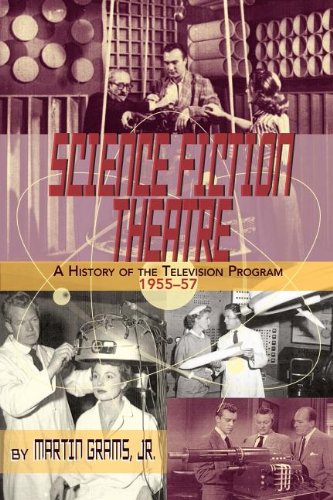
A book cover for SCIENCE FICTION THEATRE A HISTORY OF THE TELEVISION PROGRAM, 1955-57; Jr. Martin Grams; Humor & Entertainment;